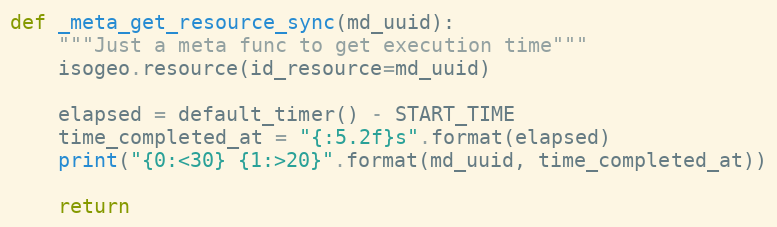
Language: Python
def _meta_get_resource_sync(md_uuid):
    """Just a meta func to get execution time"""
    isogeo.resource(id_resource=md_uuid)

    elapsed = default_timer() - START_TIME
    time_completed_at = "{:5.2f}s".format(elapsed)
    print("{0:<30} {1:>20}".format(md_uuid, time_completed_at))

    return